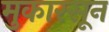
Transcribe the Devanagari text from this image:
मुकारसून